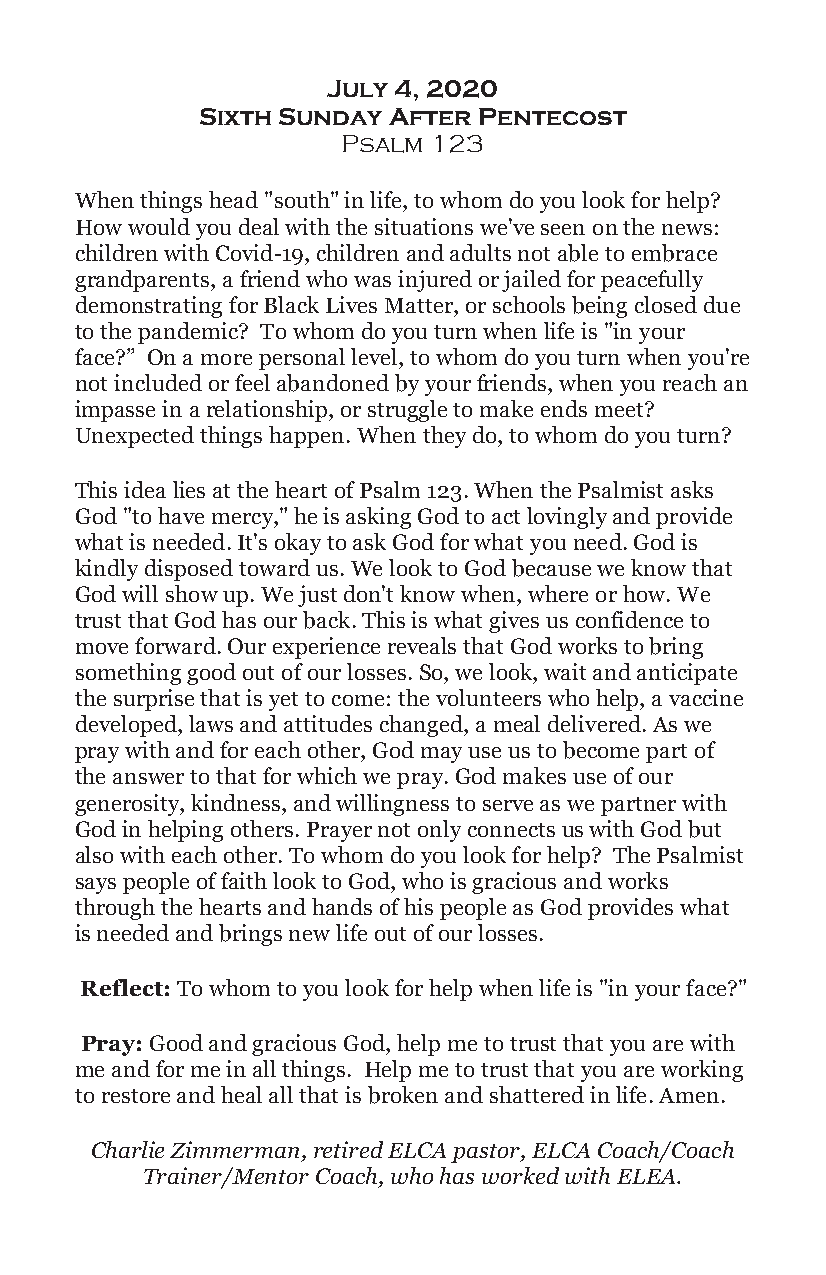
July 4, 2020
 Sixth Sunday After Pentecost
 Psalm 123
 When things head "south" in life, to whom do you look for help?
 How would you deal with the situations we've seen on the news:
 children with Covid-19, children and adults not able to embrace
 grandparents, a friend who was injured or jailed for peacefully
 demonstrating for Black Lives Matter, or schools being closed due
 to the pandemic? To whom do you turn when life is "in your
 face?” On a more personal level, to whom do you turn when you're
 not included or feel abandoned by your friends, when you reach an
 impasse in a relationship, or struggle to make ends meet?
 Unexpected things happen. When they do, to whom do you turn?
 This idea lies at the heart of Psalm 123. When the Psalmist asks
 God "to have mercy," he is asking God to act lovingly and provide
 what is needed. It's okay to ask God for what you need. God is
 kindly disposed toward us. We look to God because we know that
 God will show up. We just don't know when, where or how. We
 trust that God has our back. This is what gives us confidence to
 move forward. Our experience reveals that God works to bring
 something good out of our losses. So, we look, wait and anticipate
 the surprise that is yet to come: the volunteers who help, a vaccine
 developed, laws and attitudes changed, a meal delivered. As we
 pray with and for each other, God may use us to become part of
 the answer to that for which we pray. God makes use of our
 generosity, kindness, and willingness to serve as we partner with
 God in helping others. Prayer not only connects us with God but
 also with each other. To whom do you look for help? The Psalmist
 says people of faith look to God, who is gracious and works
 through the hearts and hands of his people as God provides what
 is needed and brings new life out of our losses.
 Reflect: To whom to you look for help when life is "in your face?"
 Pray: Good and gracious God, help me to trust that you are with
 me and for me in all things. Help me to trust that you are working
 to restore and heal all that is broken and shattered in life. Amen.
 Charlie Zimmerman, retired ELCA pastor, ELCA Coach/Coach
 Trainer/Mentor Coach, who has worked with ELEA.